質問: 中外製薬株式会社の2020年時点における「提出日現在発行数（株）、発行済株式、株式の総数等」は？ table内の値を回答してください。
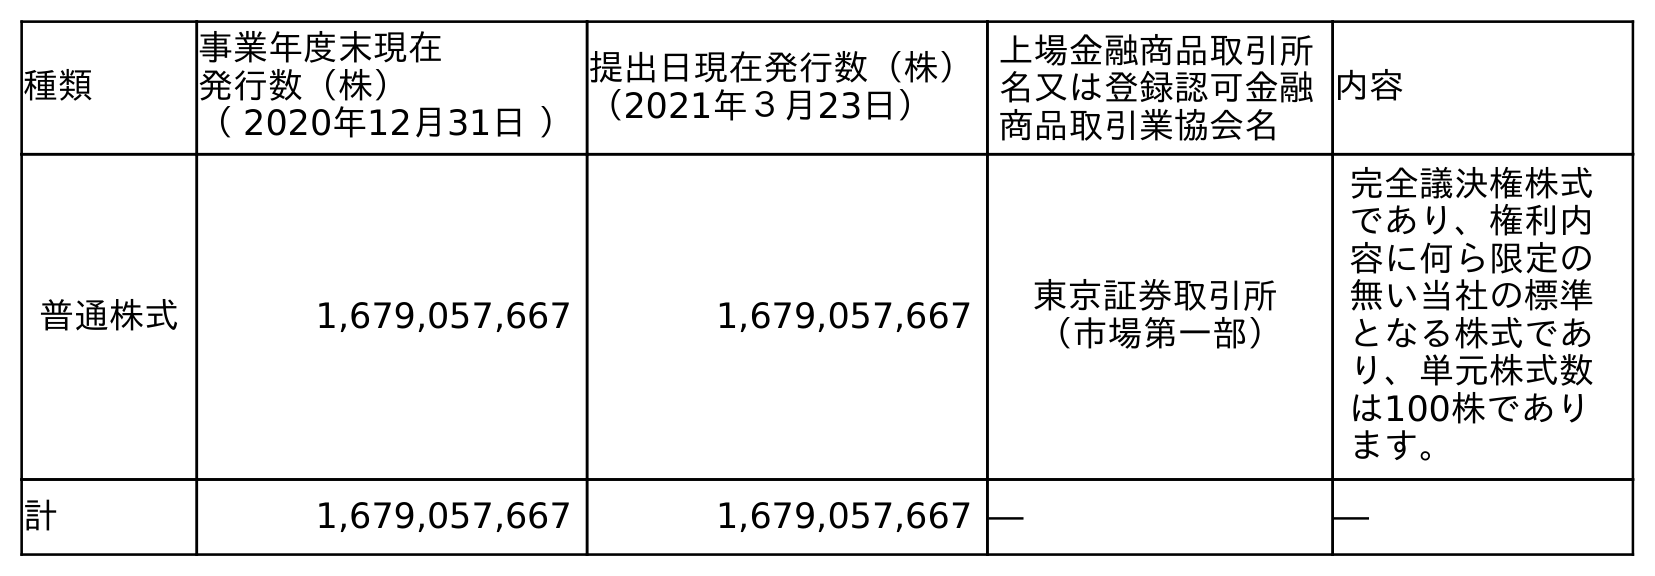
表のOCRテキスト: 種類 事業年度末現在 発行数（株） （ 2020年12月31日 ） 提出日現在発行数（株） （2021年３月23日） 上場金融商品取引所 名又は登録認可金融 商品取引業協会名 内容 普通株式 1,679,057,667 1,679,057,667 東京証券取引所 （市場第一部） 完全議決権株式 であり、権利内 容に何ら限定の 無い当社の標準 となる株式であ り、単元株式数 は100株であり ます。 計 1,679,057,667 1,679,057,667 ― ―
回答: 1,679,057,667